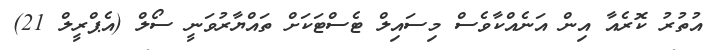
އުތުރު ކޮރެއާ އިން އަނެއްކާވެސް މިސައިލް ޓެސްޓަކަށް ތައްޔާރުވަނީ ސޯލް (އެޕްރީލް 21)